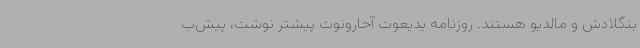
بنگلادش و مالدیو هستند. روزنامه یدیعوت آحارونوت پیشتر نوشت، پیش‌ب